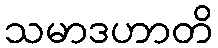
သမာဒဟာတိ